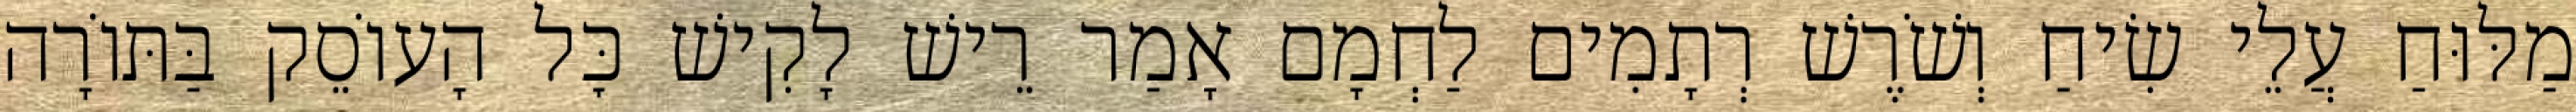
מַלּוּחַ עֲלֵי שִׂיחַ וְשֹׁרֶשׁ רְתָמִים לַחְמָם אָמַר רֵישׁ לָקִישׁ כׇּל הָעוֹסֵק בַּתּוֹרָה